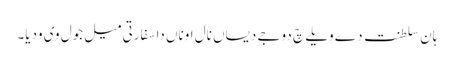
ہان سلطنت دے ویلے چ دوجے دیساں نال اوناں دا سفارتی میل جول وی ودیا۔